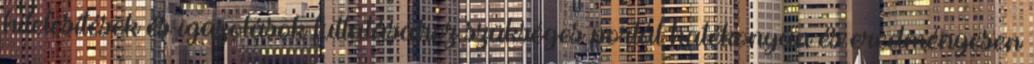
hitelesítések és igazolások futtatásához szükséges portál hatékonyan és eredményesen